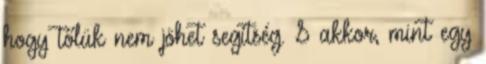
hogy tőlük nem jöhet segítség. S akkor, mint egy